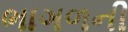
ભાગળની